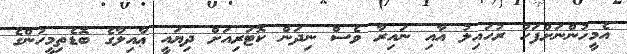
އެމީހުންނަށްފަހު ރުހައިލު އާއި ނައިރާ ވެސް ނިދަން ކޮޓަރިއަށް ދިޔައީ ޢާއިލާގެ ބޮޑެތިމީހުންގެ